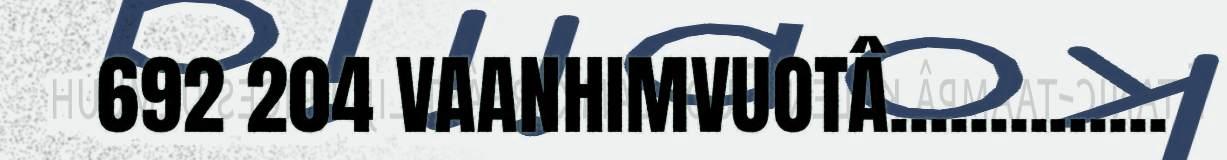
692 204 VAANHIMVUOTÂ..............